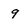
Character: 9